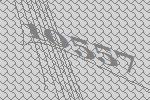
10557